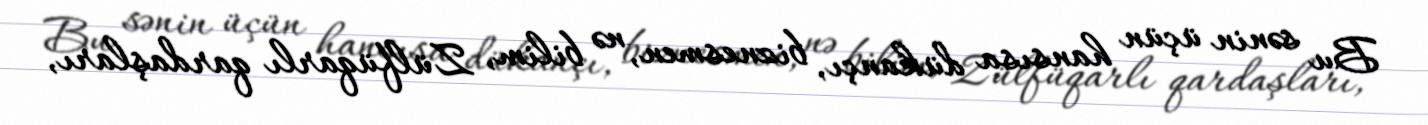
Bu sənin üçün hansısa dükançı, biznesmen, nə bilim, Zülfüqarlı qardaşları,